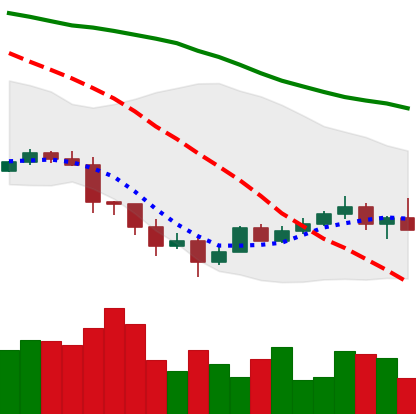
Ticker: TRX-USD
Chart end date: 2022-01-20
Forward return: -17.513%
Label: down_7plus